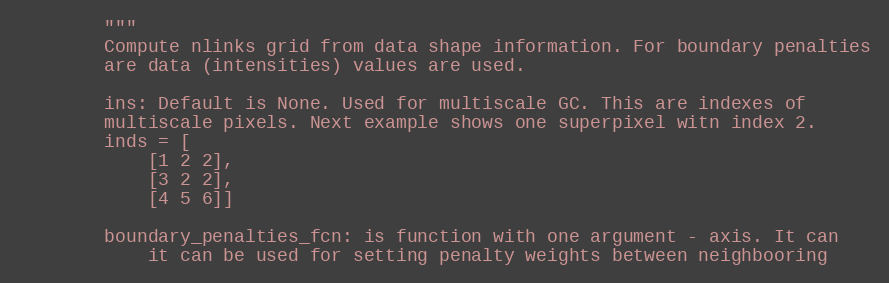
Language: Python
        """
        Compute nlinks grid from data shape information. For boundary penalties
        are data (intensities) values are used.

        ins: Default is None. Used for multiscale GC. This are indexes of
        multiscale pixels. Next example shows one superpixel witn index 2.
        inds = [
            [1 2 2],
            [3 2 2],
            [4 5 6]]

        boundary_penalties_fcn: is function with one argument - axis. It can
            it can be used for setting penalty weights between neighbooring